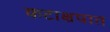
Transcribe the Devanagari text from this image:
कटाक्षपात